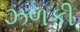
ઝળકી